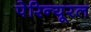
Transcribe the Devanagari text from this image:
पेरिन्यूरल